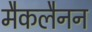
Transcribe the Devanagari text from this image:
मैकलैनन